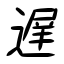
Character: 遅